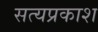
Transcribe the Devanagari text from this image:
सत्‍यप्रकाश